Report on vaccination for the Province of Oudh 1873 -
Year: 1873
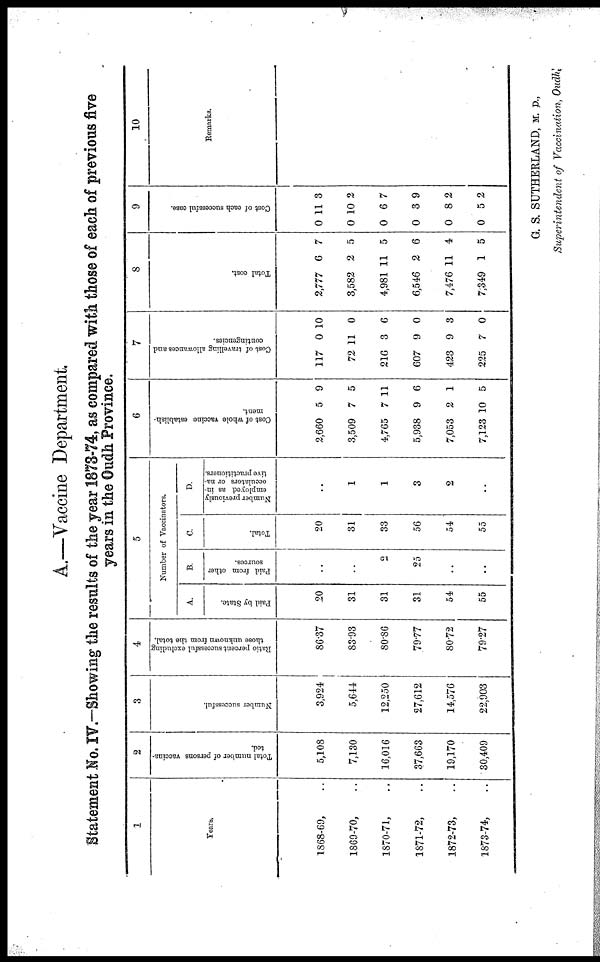
A.—Vaccine Department.
Statement No. IV.—Showing the results of the year 1873-74, as compared with those of each of previous five
years in the Oudh Province.
1
Years.
1868-69, ..
1869-70, ..
1870-71, ..
1871-72, ..
1872-73, ..
1873-74, ..
2
Total number of persons vaccina-
ted.
5,108
7,130
16,016
37,663
19,170
30,409
3
Number successful.
3,924
5,644
12,250
27,612
14,576
22,903
4
Ratio percent successful excluding
those unknown from the total.
86.37
83.93
80.86
79.77
80.72
79.27
5
Number of Vaccinators.
A.
Paid by State.
20
31
31
31
54
55
B.
Paid from other
sources.
..
..
2
25
..
..
C.
Total.
20
31
33
56
54
55
D.
Number previously
employed as in¬
occulators or na-
tive practitioners.
..
1
1
3
2
..
6
Cost of whole vaccine establish-
ment.
2,660
3,509
4,765
5,938
7,053
7,123
5
7
7
9
2
10
9
5
11
6
1
5
7
Cost of travelling allowances and
contingencies.
117
72
216
607
423
225
0
11
3
9
9
7
10
0
6
0
3
0
8
Total cost.
2,777
3,582
4,981
6,546
7,476
7,349
6
2
11
2
11
1
7
5
5
6
4
5
9
Cost of each successful case.
0
0
0
0
0
0
11
10
6
3
8
5
3
2
7
9
2
2
10
Remarks.
G. S. SUTHERLAND, M. D.,
Superintendent of Vaccination, Oudh.